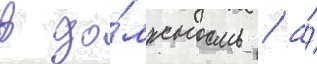
в до́лжность / а́